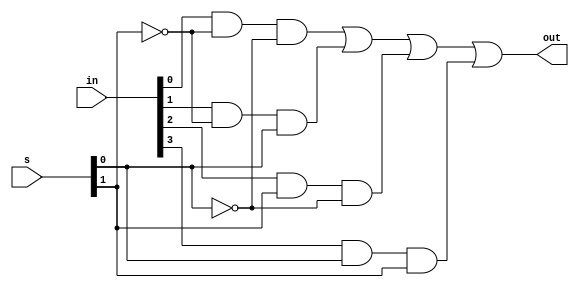
module mux4to1(out, in, s);
  input [3:0] in;
  input [1:0] s;
  output out;
  wire n1, n0, a1, a2, a3, a0;
  
  not not0(n0,s[0]);
  not not1(n1,s[1]);
    
  and and0(a0,in[0],n1,n0);
  and and1(a1,in[1],n1,s[0]);
  and and2(a2,in[2],s[1],n0);
  and and3(a3,in[3],s[0],s[1]);
    
  or or1(out,a0,a1,a2,a3);
endmodule

module tb_mux_4to1;
  reg [3:0] in;
  reg [1:0] s;
  wire out;
  mux4to1 m1(out, in, s);
  initial
    begin
      $monitor(,$time,"out=%b, in=%b, sel=%b", out, in, s);
      #5 s=2'b00;
      #5 in=4'b0001;
      #8 s=2'b01;
      #10 in=4'b0010;
      #15 s=2'b10;
      #100 $finish;
  end
endmodule